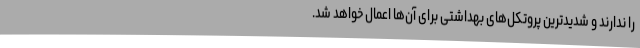
را ندارند و شدیدترین پروتکل‌های بهداشتی برای آن‌ها اعمال خواهد شد.